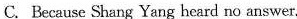
C.Because Shang Yang heard no answer.